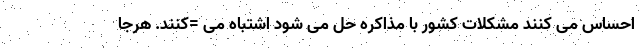
احساس می کنند مشکلات کشور با مذاکره حل می شود اشتباه می =‌کنند. هرجا